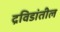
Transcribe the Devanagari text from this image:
द्रविडांतील